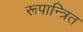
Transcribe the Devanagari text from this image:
रूपान्त्रित